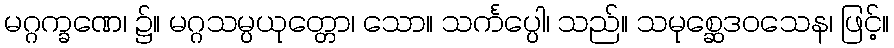
မဂ္ဂက္ခဏေ၊ ၌။ မဂ္ဂသမ္ပယုတ္တော၊ သော။ သင်္ကပ္ပေါ၊ သည်။ သမုစ္ဆေဒဝသေန၊ ဖြင့်။